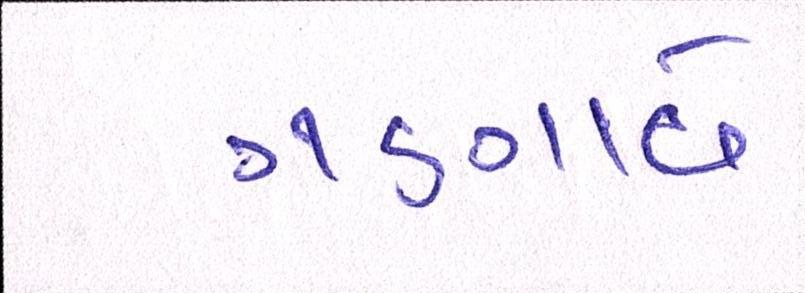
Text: ગણાવે